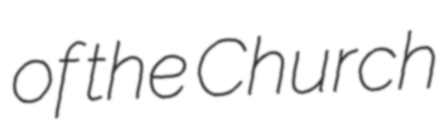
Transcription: of the Church